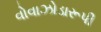
વોવાઝોડારૂપી